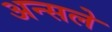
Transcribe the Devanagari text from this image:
अन्सले